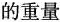
的重量